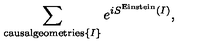
\sum _ { \mathrm { c a u s a l g e o m e t r i e s } \{ I \} } e ^ { i S ^ { \mathrm { E i n s t e i n } } ( I ) } ,